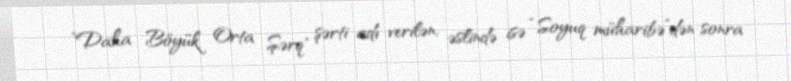
”Daha Böyük Orta Şərq" şərti adı verilən, əslində isə “Soyuq müharibə”dən sonra